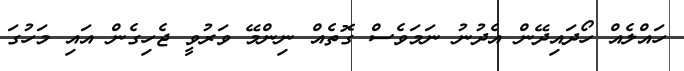
ހައްލެއް ހޯދައިދޭން އެދުނު ނަމަވެސް ގޮތެއް ނިންމޭ ވަރުވީ ޖެހިގެން އައި މަހުގަ